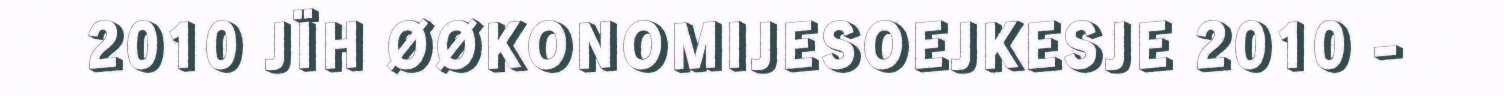
2010 JÏH ØØKONOMIJESOEJKESJE 2010 -